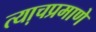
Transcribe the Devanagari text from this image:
त्या़चप्रमाणे